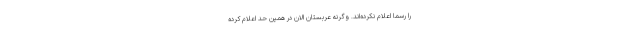
را رسما اعلام نکرده‌اند. وگرنه عربستان الان در همین حد اعلام کرده